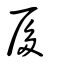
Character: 扅